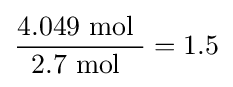
{\frac {4.049{\mbox{ mol }}}{2.7{\mbox{ mol }}}}=1.5